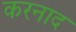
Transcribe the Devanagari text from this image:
करनाद